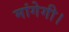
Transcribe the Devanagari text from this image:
मांगेगी।